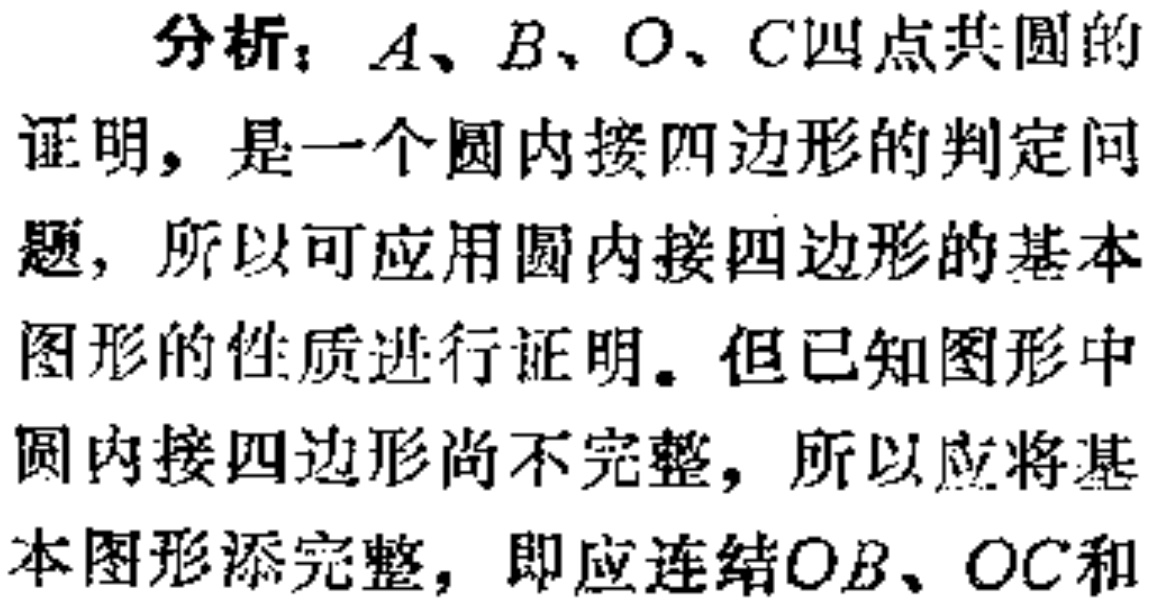
分析：$A、B、O、C$四点共圆的
证明，是一个圆内接四边形的判定问
题，所以可应用圆内接四边形的基本
图形的性质进行证明。但已知图形中
圆内接四边形尚不完整，所以应将基
本图形添完整，即应连结$OB、OC$和